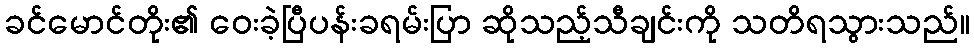
ခင်မောင်တိုး၏ ဝေးခဲ့ပြီပန်းခရမ်းပြာ ဆိုသည့်သီချင်းကို သတိရသွားသည်။